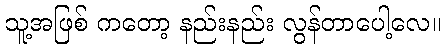
သူ့အဖြစ် ကတော့ နည်းနည်း လွန်တာပေါ့လေ။